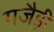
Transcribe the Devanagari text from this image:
गजैड़ी